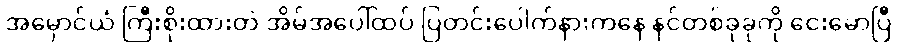
အမှောင်ယံ ကြီးစိုးထားတဲ အိမ်အပေါ်ထပ် ပြတင်းပေါက်နားကနေ နင်တစ်ခုခုကို ငေးမောပြီ